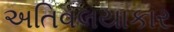
અતિવલયાકાર